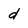
Character: d